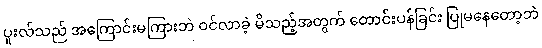
ပူးလ်သည် အကြောင်းမကြားဘဲ ဝင်လာခဲ့ မိသည့်အတွက် တောင်းပန်ခြင်း ပြုမနေတော့ဘဲ